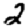
Digit: 2